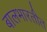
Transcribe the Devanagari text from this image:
बालभारतीत